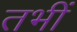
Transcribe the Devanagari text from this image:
तभीं